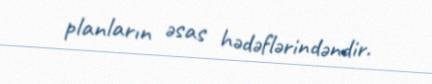
planların əsas hədəflərindəndir.